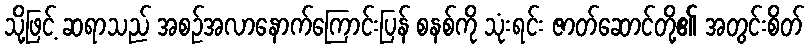
သို့ဖြင့် ဆရာသည် အစဉ်အလာနောက်ကြောင်းပြန် စနစ်ကို သုံးရင်း ဇာတ်ဆောင်တို့၏ အတွင်းစိတ်